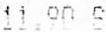
11.90 S